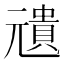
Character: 𠒺